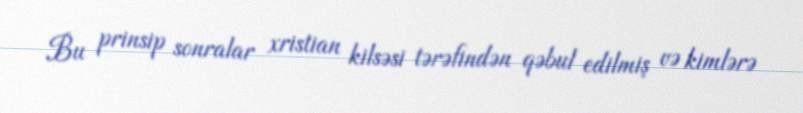
Bu prinsip sonralar xristian kilsəsi tərəfindən qəbul edilmiş və kimlərə